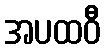
အပထဝီ